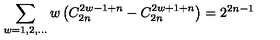
\sum _ { w = 1 , 2 , \ldots } w \left( C _ { 2 n } ^ { 2 w - 1 + n } - C _ { 2 n } ^ { 2 w + 1 + n } \right) = 2 ^ { 2 n - 1 }